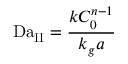
\mathrm { D a } _ { \mathrm { I I } } = { \frac { k C _ { 0 } ^ { n - 1 } } { k _ { g } a } }